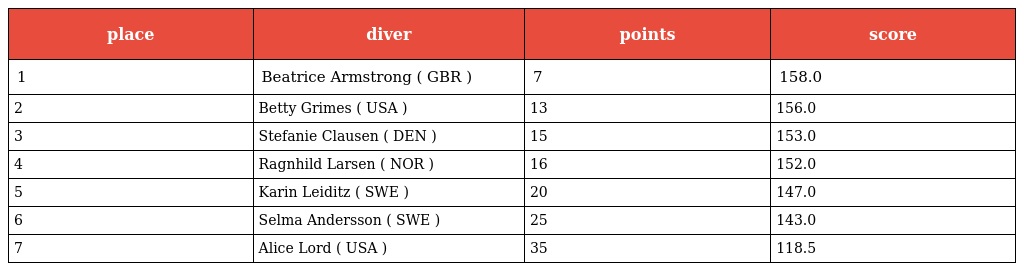
| place | diver | points | score |
 | --- | --- | --- | --- |
 | 1 | Beatrice Armstrong ( GBR ) | 7 | 158.0 |
 | 2 | Betty Grimes ( USA ) | 13 | 156.0 |
 | 3 | Stefanie Clausen ( DEN ) | 15 | 153.0 |
 | 4 | Ragnhild Larsen ( NOR ) | 16 | 152.0 |
 | 5 | Karin Leiditz ( SWE ) | 20 | 147.0 |
 | 6 | Selma Andersson ( SWE ) | 25 | 143.0 |
 | 7 | Alice Lord ( USA ) | 35 | 118.5 |